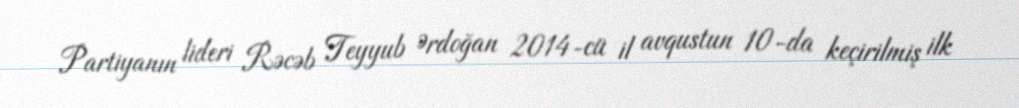
Partiyanın lideri Rəcəb Teyyub Ərdoğan 2014-cü il avqustun 10-da keçirilmiş ilk